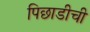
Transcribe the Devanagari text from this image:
पिछाडीची